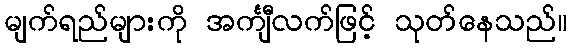
မျက်ရည်များကို အင်္ကျီလက်ဖြင့် သုတ်နေသည်။